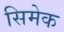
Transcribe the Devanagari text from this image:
सिमेक